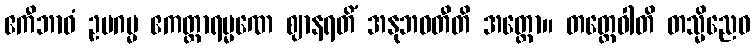
ဧကီဘာဝံ ဥပဂမ္မ ဧကတ္တာရမ္မဏေ ဈာနရတိံ အနုဘဝတီတိ အတ္ထော။ တတ္ထေဝါတိ တသ္မိညေဝ